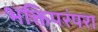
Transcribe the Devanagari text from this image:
भक्तिपरंपरा